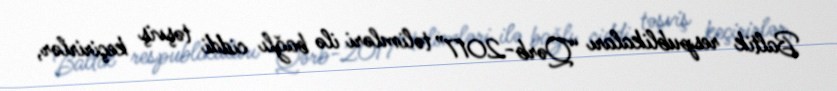
Baltik respublikaları “Qərb-2017” təlimləri ilə bağlı ciddi təşviş keçirirlər,